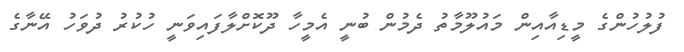
ފުލުހުންގެ މީޑިއާއިން މައުލޫމާތު ދެމުން ބުނީ އެމީހާ ދޫކޮށްލާފައިވަނީ ހުކުރު ދުވަހު އޭނާގެ